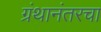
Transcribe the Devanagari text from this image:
ग्रंथानंतरचा